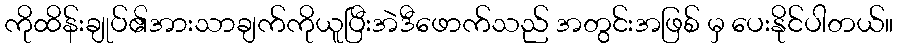
ကိုထိန်းချုပ်၏အားသာချက်ကိုယူပြီးအဲဒီဖောက်သည် အတွင်းအဖြစ် မှ ပေးနိုင်ပါတယ်။